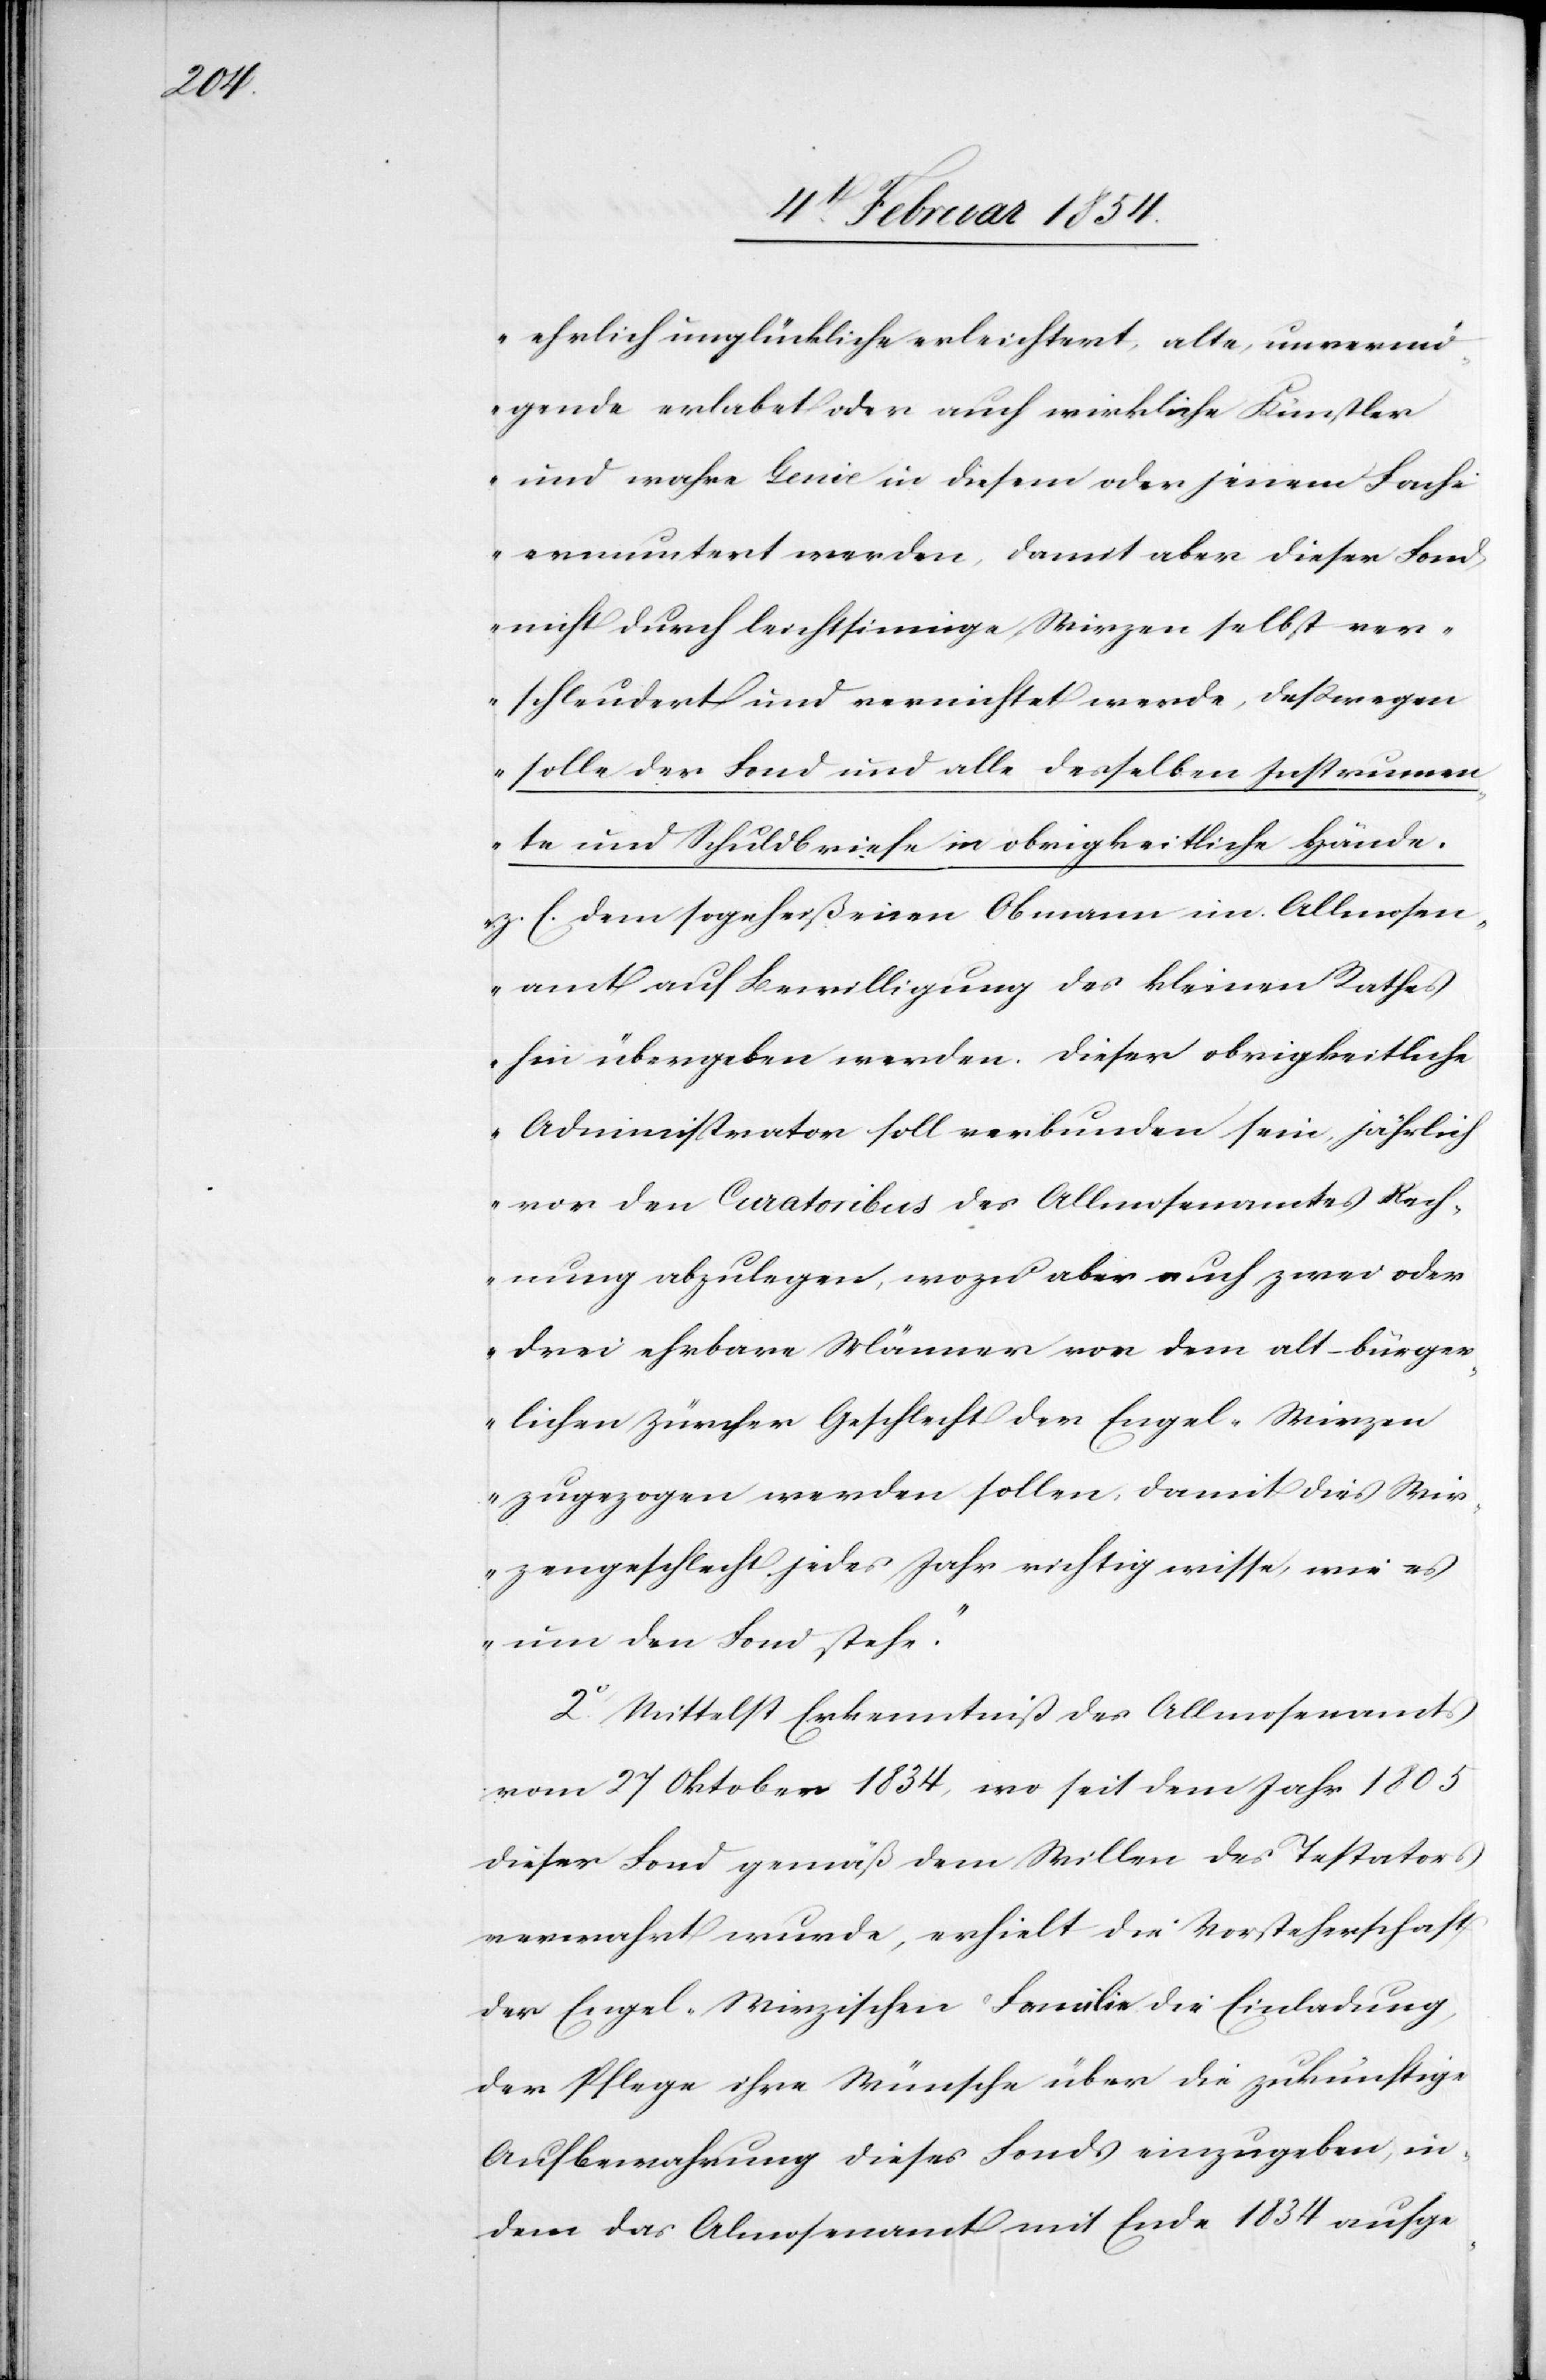
ehrlich unglückliche erleichtert, alte, unverm¬
ögende erlabt oder auch wirkliche Künstler
und wahre Genie in diesem oder jenem Fache
ermuntert werden, damit aber dieser Fond
nicht durch leichtsinnige Wirzen selbst ver¬
schleudert und vernichtet werde, deßwegen
solle der Fond und alle desselben Instrumen¬
te und Schuldbriefe in obrigkeitliche Hände,
z. B. dem sogeheißenen Obmann im Allmosen¬
amt auf Bewilligung des kleinen Rathes
hin übergeben werden. Dieser obrigkeitliche
Administrator soll verbunden sein, jährlich
vor den Curatoribus des Allmosenamtes Rech¬
nung abzulegen, wozu aber auch zwei oder
drei ehrbare Männer von dem alt-bürger¬
lichen Zürcher Geschlecht der Engel-Wirzen
zugezogen werden sollen, damit dies Wir¬
zengeschlecht jedes Jahr richtig wisse, wie es
um den Fond stehe.“
2o Mittelst Erkenntniß des Allmosenamts
vom 27 Oktober 1834, wo seit dem Jahr 1805
dieser Fond gemäß dem Willen des Testators
verwahrt wurde, erhielt die Vorsteherschaft
der Engel-Wirzischen Familie die Einladung,
der Pflege ihre Wünsche über die zukünftige
Aufbewahrung dieses Fonds einzugeben, in¬
dem das Almosenamt mit Ende 1834 aufge-